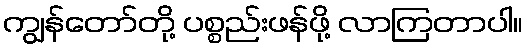
ကျွန်တော်တို့ ပစ္စည်းဖန်ဖို့ လာကြတာပါ။